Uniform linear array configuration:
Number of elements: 48
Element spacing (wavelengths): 0.25
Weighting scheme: exponential
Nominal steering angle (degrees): -30
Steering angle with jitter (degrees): -30.675
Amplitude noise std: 0.05
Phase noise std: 0.05

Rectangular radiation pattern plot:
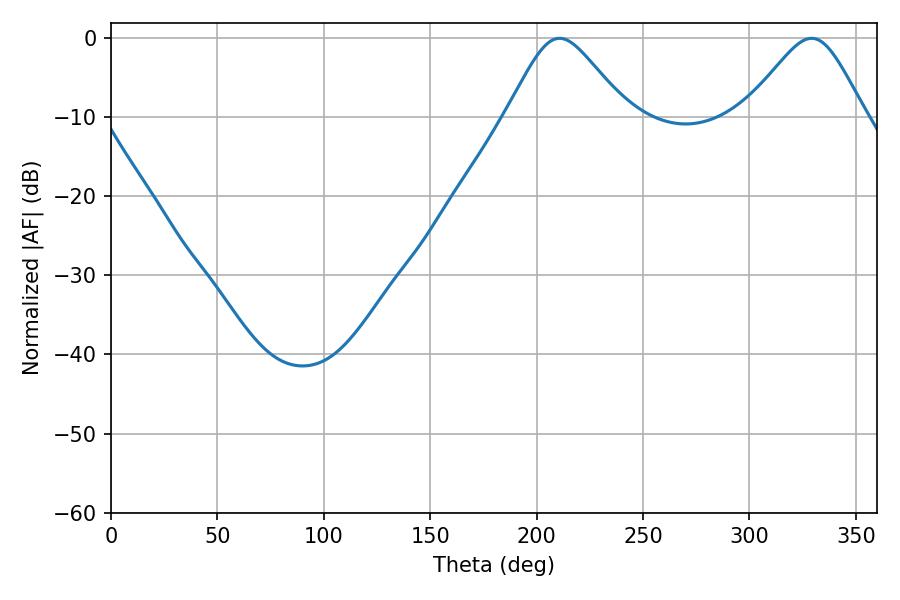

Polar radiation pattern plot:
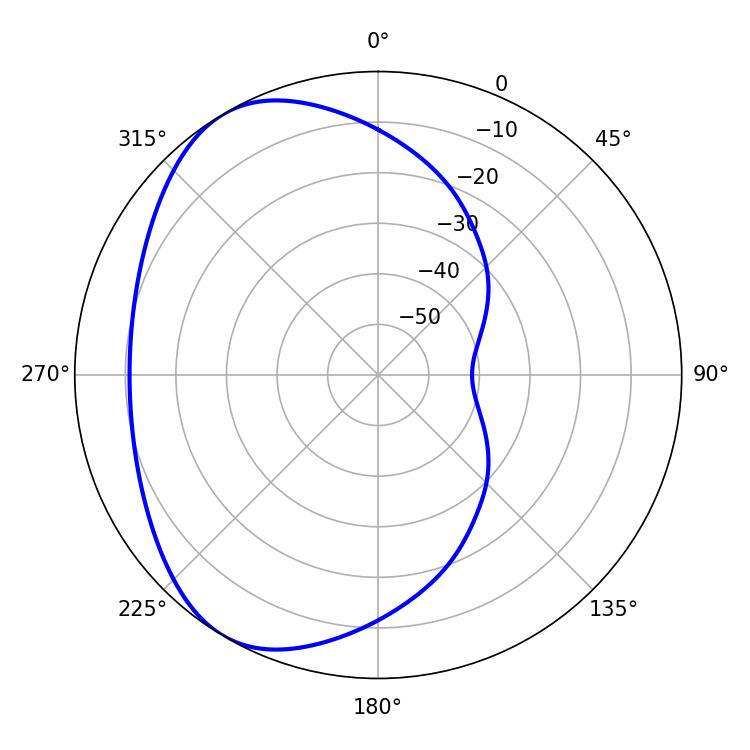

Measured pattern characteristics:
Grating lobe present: FALSE
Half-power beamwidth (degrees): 27.36
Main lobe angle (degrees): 210.78